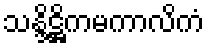
သန္ဒိဋ္ဌိကမကာလိကံ